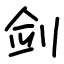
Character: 剑